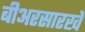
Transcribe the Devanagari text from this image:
बीअरसारखे